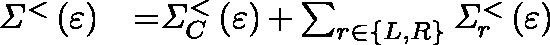
\begin{array} { l l } { { \mathit { \Sigma } } ^ { { < } } \left( \varepsilon \right) } & { { = } { \mathit { \Sigma } } _ { C } ^ { { < } } \left( \varepsilon \right) { + } \sum _ { r { \in } \left\{ L , R \right\} } { { \mathit { \Sigma } } _ { r } ^ { { < } } \left( \varepsilon \right) } } \end{array}